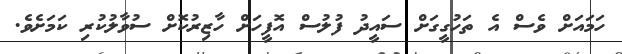
ހަމައަށް ވެސް އެ ތަހުގީގަށް ސައީދު ފުލުސް އޮފީހަށް ހާޒިރުކޮށް ސުވާލުކުރި ކަމަށެވެ.